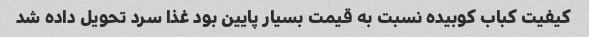
کیفیت کباب کوبیده نسبت به قیمت بسیار پایین بود غذا سرد تحویل داده شد